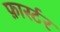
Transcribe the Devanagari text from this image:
फ़ार्स्टर